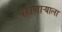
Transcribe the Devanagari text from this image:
पहाणाऱ्याला